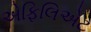
એફિલિએટ